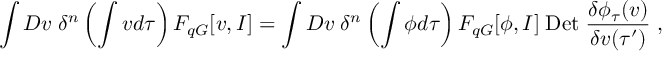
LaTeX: \int { \cal D } v \; \delta ^ { n } \left( \int v d \tau \right) F _ { q G } [ v , I ] = \int { \cal D } v \; \delta ^ { n } \left( \int \phi d \tau \right) F _ { q G } [ \phi , I ] \; \mathrm { D e t } \; \frac { \delta \phi _ { \tau } ( v ) } { \delta v ( \tau ^ { \prime } ) } \; ,